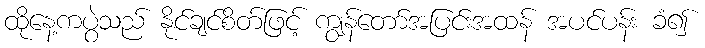
ထိုနေ့ကပွဲသည် နိုင်ချင်စိတ်ဖြင့် ကျွန်တော်အပြင်းအထန် အပင်ပန်း ခံ၍